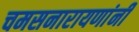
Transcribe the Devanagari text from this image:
चमसनारायणांनी